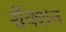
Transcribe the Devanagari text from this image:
सॅक्शन